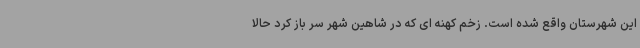
این شهرستان واقع شده است. زخم کهنه ای که در شاهین شهر سر باز کرد حالا